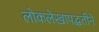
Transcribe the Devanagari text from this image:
लोकलेखापद्धतीने